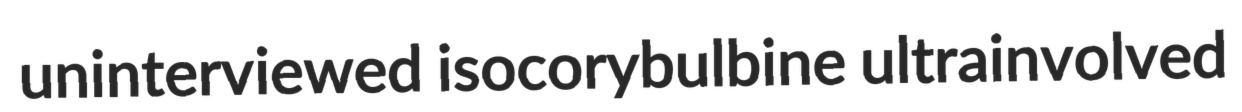
uninterviewed isocorybulbine ultrainvolved